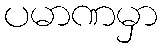
ပမာဏမှာ